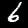
Label: 6